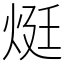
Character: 烶